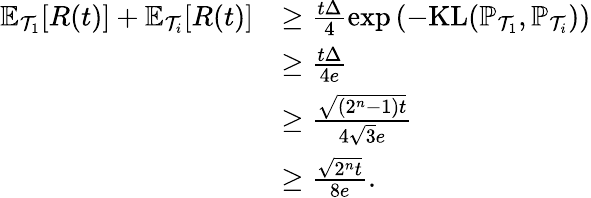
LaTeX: \begin{array}{rl}{\mathbb{E}_{\mathcal{T}_{1}}[R(t)]+\mathbb{E}_{\mathcal{T}_{i}}[R(t)]}&{\ge\frac{t\Delta}{4}\exp\left(-\mathrm{KL}(\mathbb{P}_{\mathcal{T}_{1}},\mathbb{P}_{\mathcal{T}_{i}})\right)}\\ &{\ge\frac{t\Delta}{4e}}\\ &{\ge\frac{\sqrt{(2^{n}-1)t}}{4\sqrt{3}e}}\\ &{\ge\frac{\sqrt{2^{n}t}}{8e}.}\end{array}